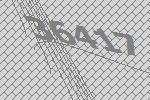
36417